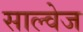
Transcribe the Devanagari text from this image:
साल्वेज